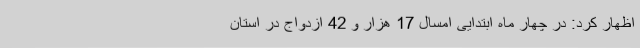
اظهار کرد: در چهار ماه ابتدایی امسال 17 هزار و 42 ازدواج در استان